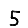
Digit: 5